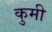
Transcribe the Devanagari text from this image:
कुमी